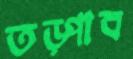
তড়্‌পাব